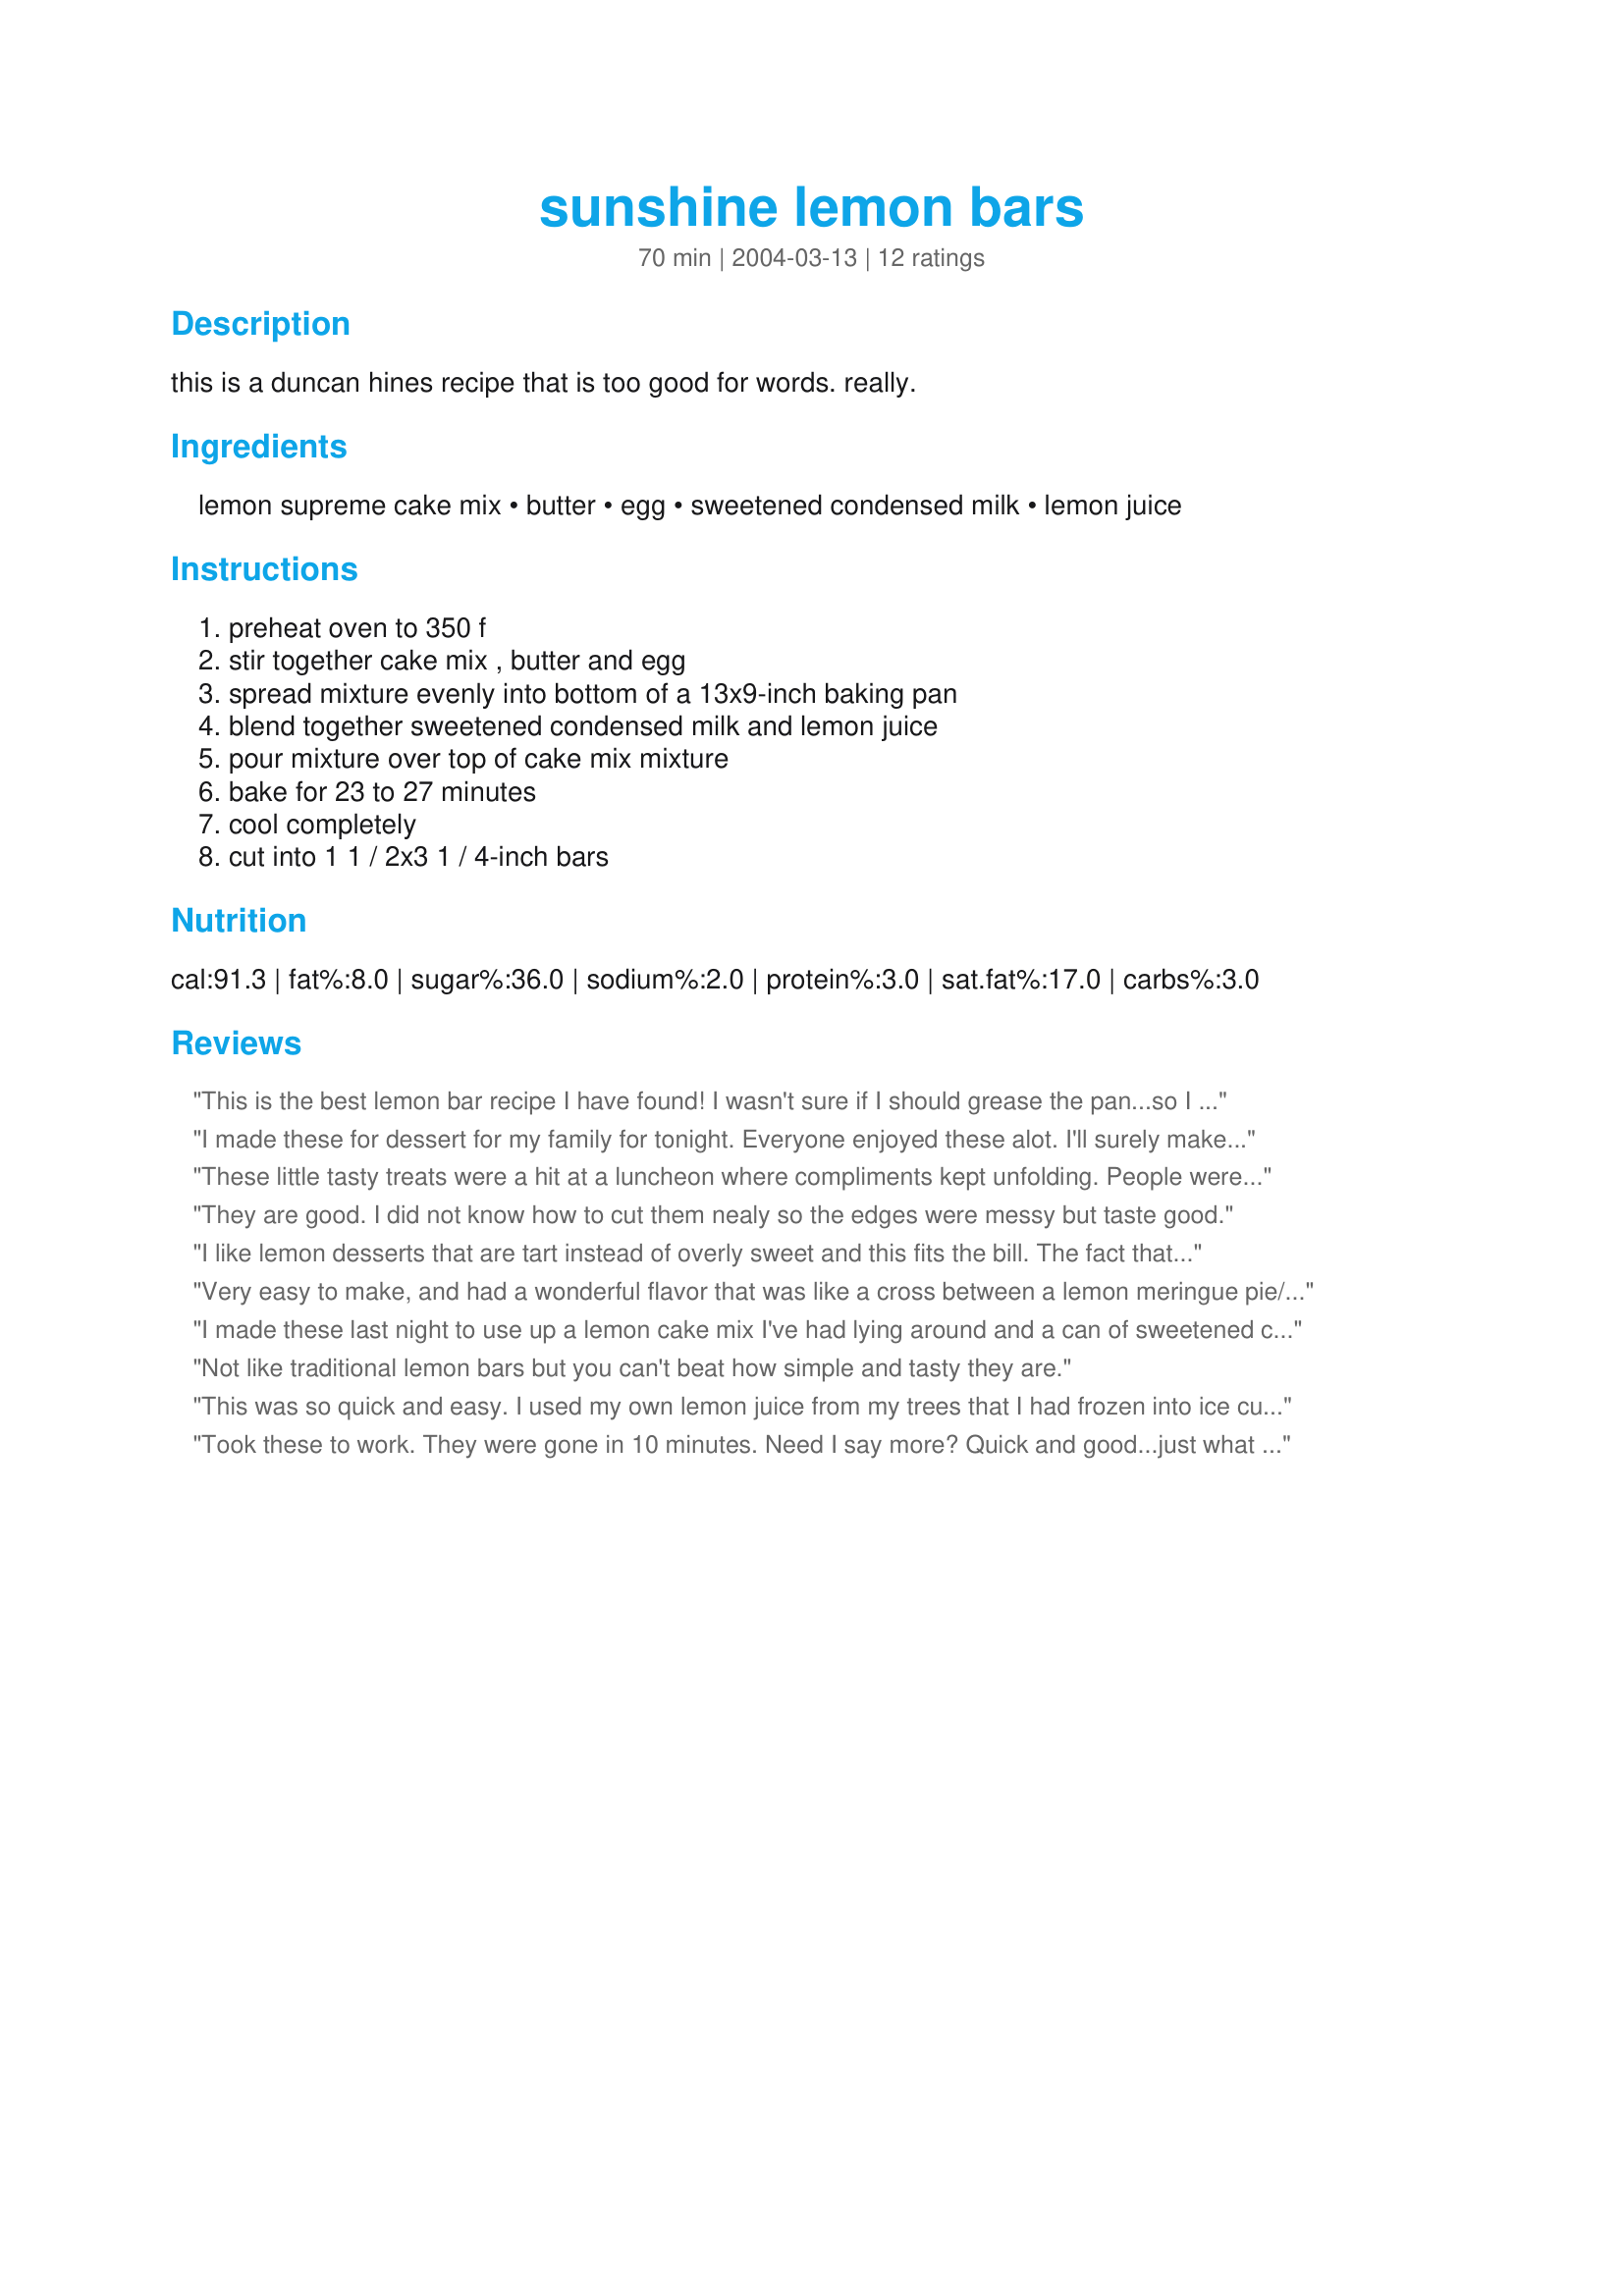
sunshine lemon bars
Preparation time: 70 minutes

this is a duncan hines recipe that is too good for words. really.

Ingredients:
lemon supreme cake mix, butter, egg, sweetened condensed milk, lemon juice

Steps:
preheat oven to 350 f, stir together cake mix , butter and egg, spread mixture evenly into bottom of a 13x9-inch baking pan, blend together sweetened condensed milk and lemon juice, pour mixture over top of cake mix mixture, bake for 23 to 27 minutes, cool completely, cut into 1 1 / 2x3 1 / 4-inch bars

Reviews:
This is the best lemon bar recipe I have found! I wasn't sure if I should grease the pan...so I did, and sprinkled the pan with some of the dry cake mix before putting the mix in the pan. I mixed it with my hands cuz my spoon wasn't doing the trick. Thanks for an awesome recipe.

I made these for dessert for my family for tonight. Everyone enjoyed these alot. I'll surely make this again:)
Thank you for the easy-to-follow and good recipe!
These little tasty treats were a hit at a luncheon where compliments kept unfolding. People were grabbing the last of the bars as they were leaving. Thanks for posting, LeahG!
They are good. I did not know how to cut them nealy so the edges were messy but taste good.
I like lemon desserts that are tart instead of overly sweet and this fits the bill. The fact that they're so easy to make is just an added bonus! I took half of them to work and they were gone by lunch time.
Very easy to make, and had a wonderful flavor that was like a cross between a lemon meringue pie/cheesecake/brownie. Very good! Thanks for posting.
I made these last night to use up a lemon cake mix I've had lying around and a can of sweetened condensed milk. They were so easy! Took them to work today and got compliments from everyone. Thank you for a great recipe!
Not like traditional lemon bars but you can't beat how simple and tasty they are.
This was so quick and easy. I used my own lemon juice from my trees that I had frozen into ice cubes. If you like lemon meringue pie, you'll love this. Definite keeper!! Thanks for a quick dessert. UPDATE 4-9-09: Made these again for hubby's work. I love how easy this is and tasty.
Took these to work. They were gone in 10 minutes. Need I say more? Quick and good...just what a working mom needs
This was tooo easy, just what I needed, a sweet and tart sensation, not expensive or hard to make. Thanks for posting!
Very easy to make and taste great. Be careful not to overcook.
